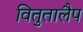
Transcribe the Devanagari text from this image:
वितुतालैप